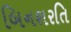
બિનશરતિ